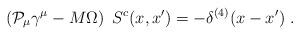
LaTeX: \begin{align*}\left( {\cal P}_\mu \gamma ^\mu -M\Omega \right) \ S^c(x,x^{\prime})=-\delta ^{(4)}(x-x^{\prime })\;. \end{align*}